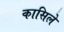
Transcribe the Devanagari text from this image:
कासिले